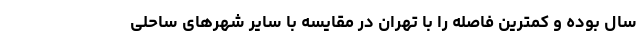
سال بوده و کمترین فاصله را با تهران در مقایسه با سایر شهرهای ساحلی